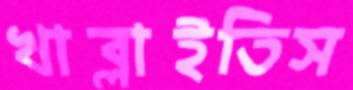
খাব্‌লাইতিস